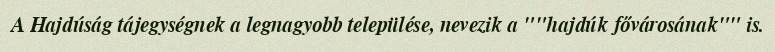
A Hajdúság tájegységnek a legnagyobb települése, nevezik a ""hajdúk fővárosának"" is.